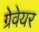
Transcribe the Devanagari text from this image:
ग्रेवेयर